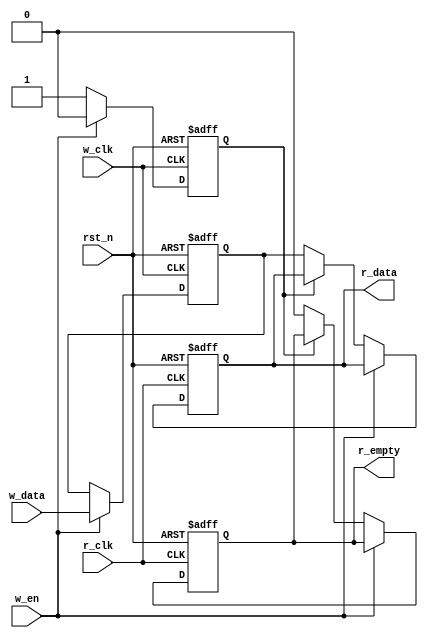


module Sync_Reg
#(parameter SIZE = 4)
(
  input w_clk,
  input r_clk,
  input rst_n,
  
  input [SIZE-1:0] w_data,
  output [SIZE-1:0]r_data,
  
  input w_en,
  output r_empty   
  );

reg [SIZE-1:0]r_data_reg, r_data_next;
reg [SIZE-1:0]w_data_reg, w_data_next;

reg           r_empty_reg, r_empty_next;
reg           w_empty_reg, w_empty_next;

always @(posedge w_clk or negedge rst_n) begin
  if(~rst_n) begin
    w_empty_reg <= 1'b1;
    w_data_reg  <= 'd0;
  end else begin
    w_data_reg  <= w_data_next;
    w_empty_reg <= w_empty_next;
  end
end

always @(posedge r_clk or negedge rst_n) begin
  if(~rst_n) begin
    r_empty_reg <= 1'b1;
    r_data_reg  <= 'd0;
  end else begin
    r_data_reg  <= r_data_next;
    r_empty_reg <= r_empty_next;
  end
end

always @(*) begin
  r_empty_next = r_empty_reg;
  w_empty_next = w_empty_reg;
  r_data_next  = r_data_reg;
  w_data_next  = w_data_reg;
  
  if(w_en) begin
    w_data_next  = w_data;
    w_empty_next = 1'b0;
  end 
  else begin
    if(~w_empty_reg) begin
      r_data_next  = w_data_reg;
      r_empty_next = 1'b0;
      w_empty_next = 1'b1;
    end
  end
end

assign r_data  = r_data_reg;
assign r_empty = r_empty_reg;

endmodule